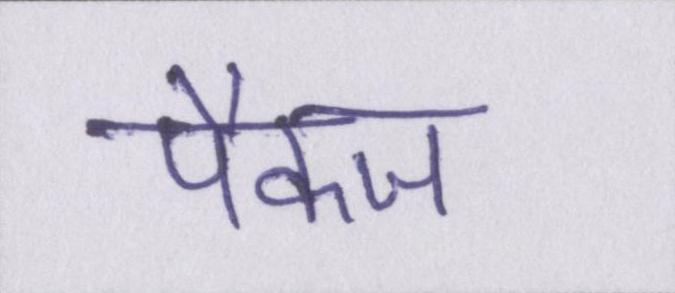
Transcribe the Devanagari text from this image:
पैकज